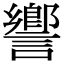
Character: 𧬰